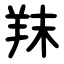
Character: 䍪